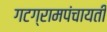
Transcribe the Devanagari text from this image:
गटग्रामपंचायती